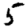
Digit: 5